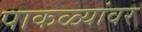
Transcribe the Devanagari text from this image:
पाकळ्यांवर